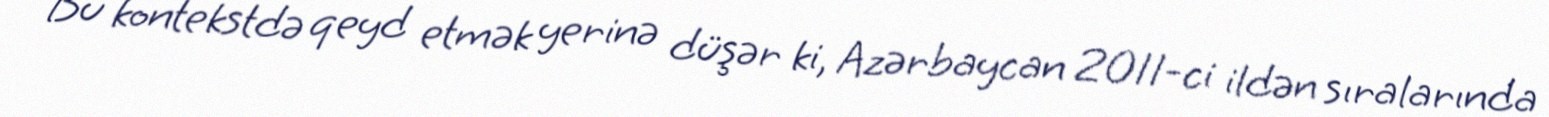
Bu kontekstdə qeyd etmək yerinə düşər ki, Azərbaycan 2011-ci ildən sıralarında